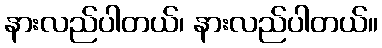
နားလည်ပါတယ်၊ နားလည်ပါတယ်။